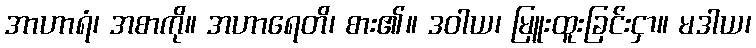
အာဟာရံ၊ အစာကို။ အဟာရေတိ၊ စား၏။ ဒဝါယ၊ မြူးထူးခြင်းငှာ။ မဒါယ၊